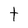
Character: t